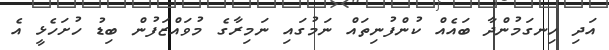
އަދި ހިނގަމުންދާ ބައެއް ކުންފުނިތައް ނަމުގައި ނަމިރާގެ މުވައްޒަފުން ބިޑު ހުށަހެޅީ އެ